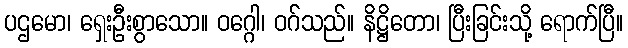
ပဌမော၊ ရှေးဦးစွာသော။ ဝဂ္ဂေါ၊ ဝဂ်သည်။ နိဋ္ဌိတော၊ ပြီးခြင်းသို့ ရောက်ပြီ။